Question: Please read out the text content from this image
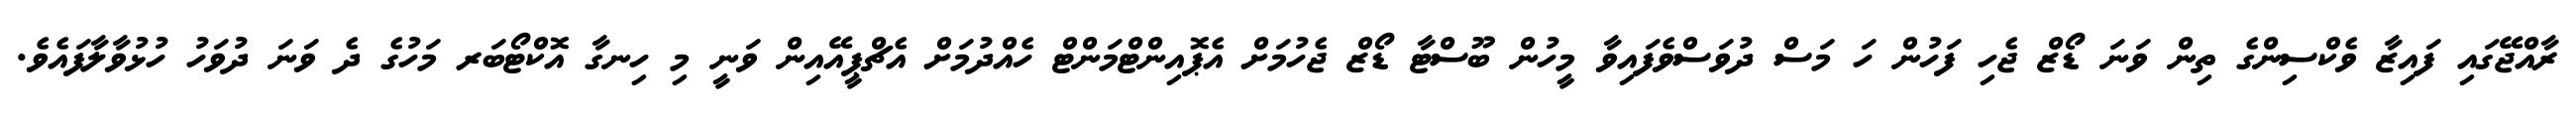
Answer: ރާއްޖޭގައި ފައިޒާ ވެކްސިންގެ ތިން ވަނަ ޑޯޒް ޖެހި ފަހުން ހަ މަސް ދުވަސްވެފައިވާ މީހުން ބޫސްޓާ ޑޯޒް ޖެހުމަށް އެޕޮއިންޓްމަންޓް ހެއްދުމަށް އެޗްޕީއޭއިން ވަނީ މި ހިނގާ އޮކްޓޯބަރ މަހުގެ ދެ ވަނަ ދުވަހު ހުޅުވާލާފައެވެ.